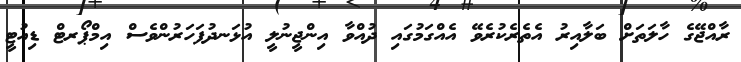
ރާއްޖޭގެ ހާލަތަށް ބަލާއިރު އެތެރެކުރެވޭ އެއްގަމުގައި ދުއްވާ އިންޖީނުލީ އުޅަނދުފަހަރުންވެސް އިމްޕޯރޓް ޑިއުޓީ